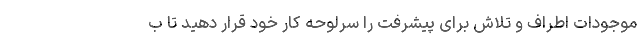
موجودات اطراف و تلاش برای پیشرفت را سرلوحه کار خود قرار دهید تا ب